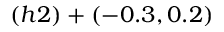
( h 2 ) + ( - 0 . 3 , 0 . 2 )